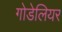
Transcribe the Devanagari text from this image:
गोडेलियर